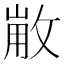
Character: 𢽸